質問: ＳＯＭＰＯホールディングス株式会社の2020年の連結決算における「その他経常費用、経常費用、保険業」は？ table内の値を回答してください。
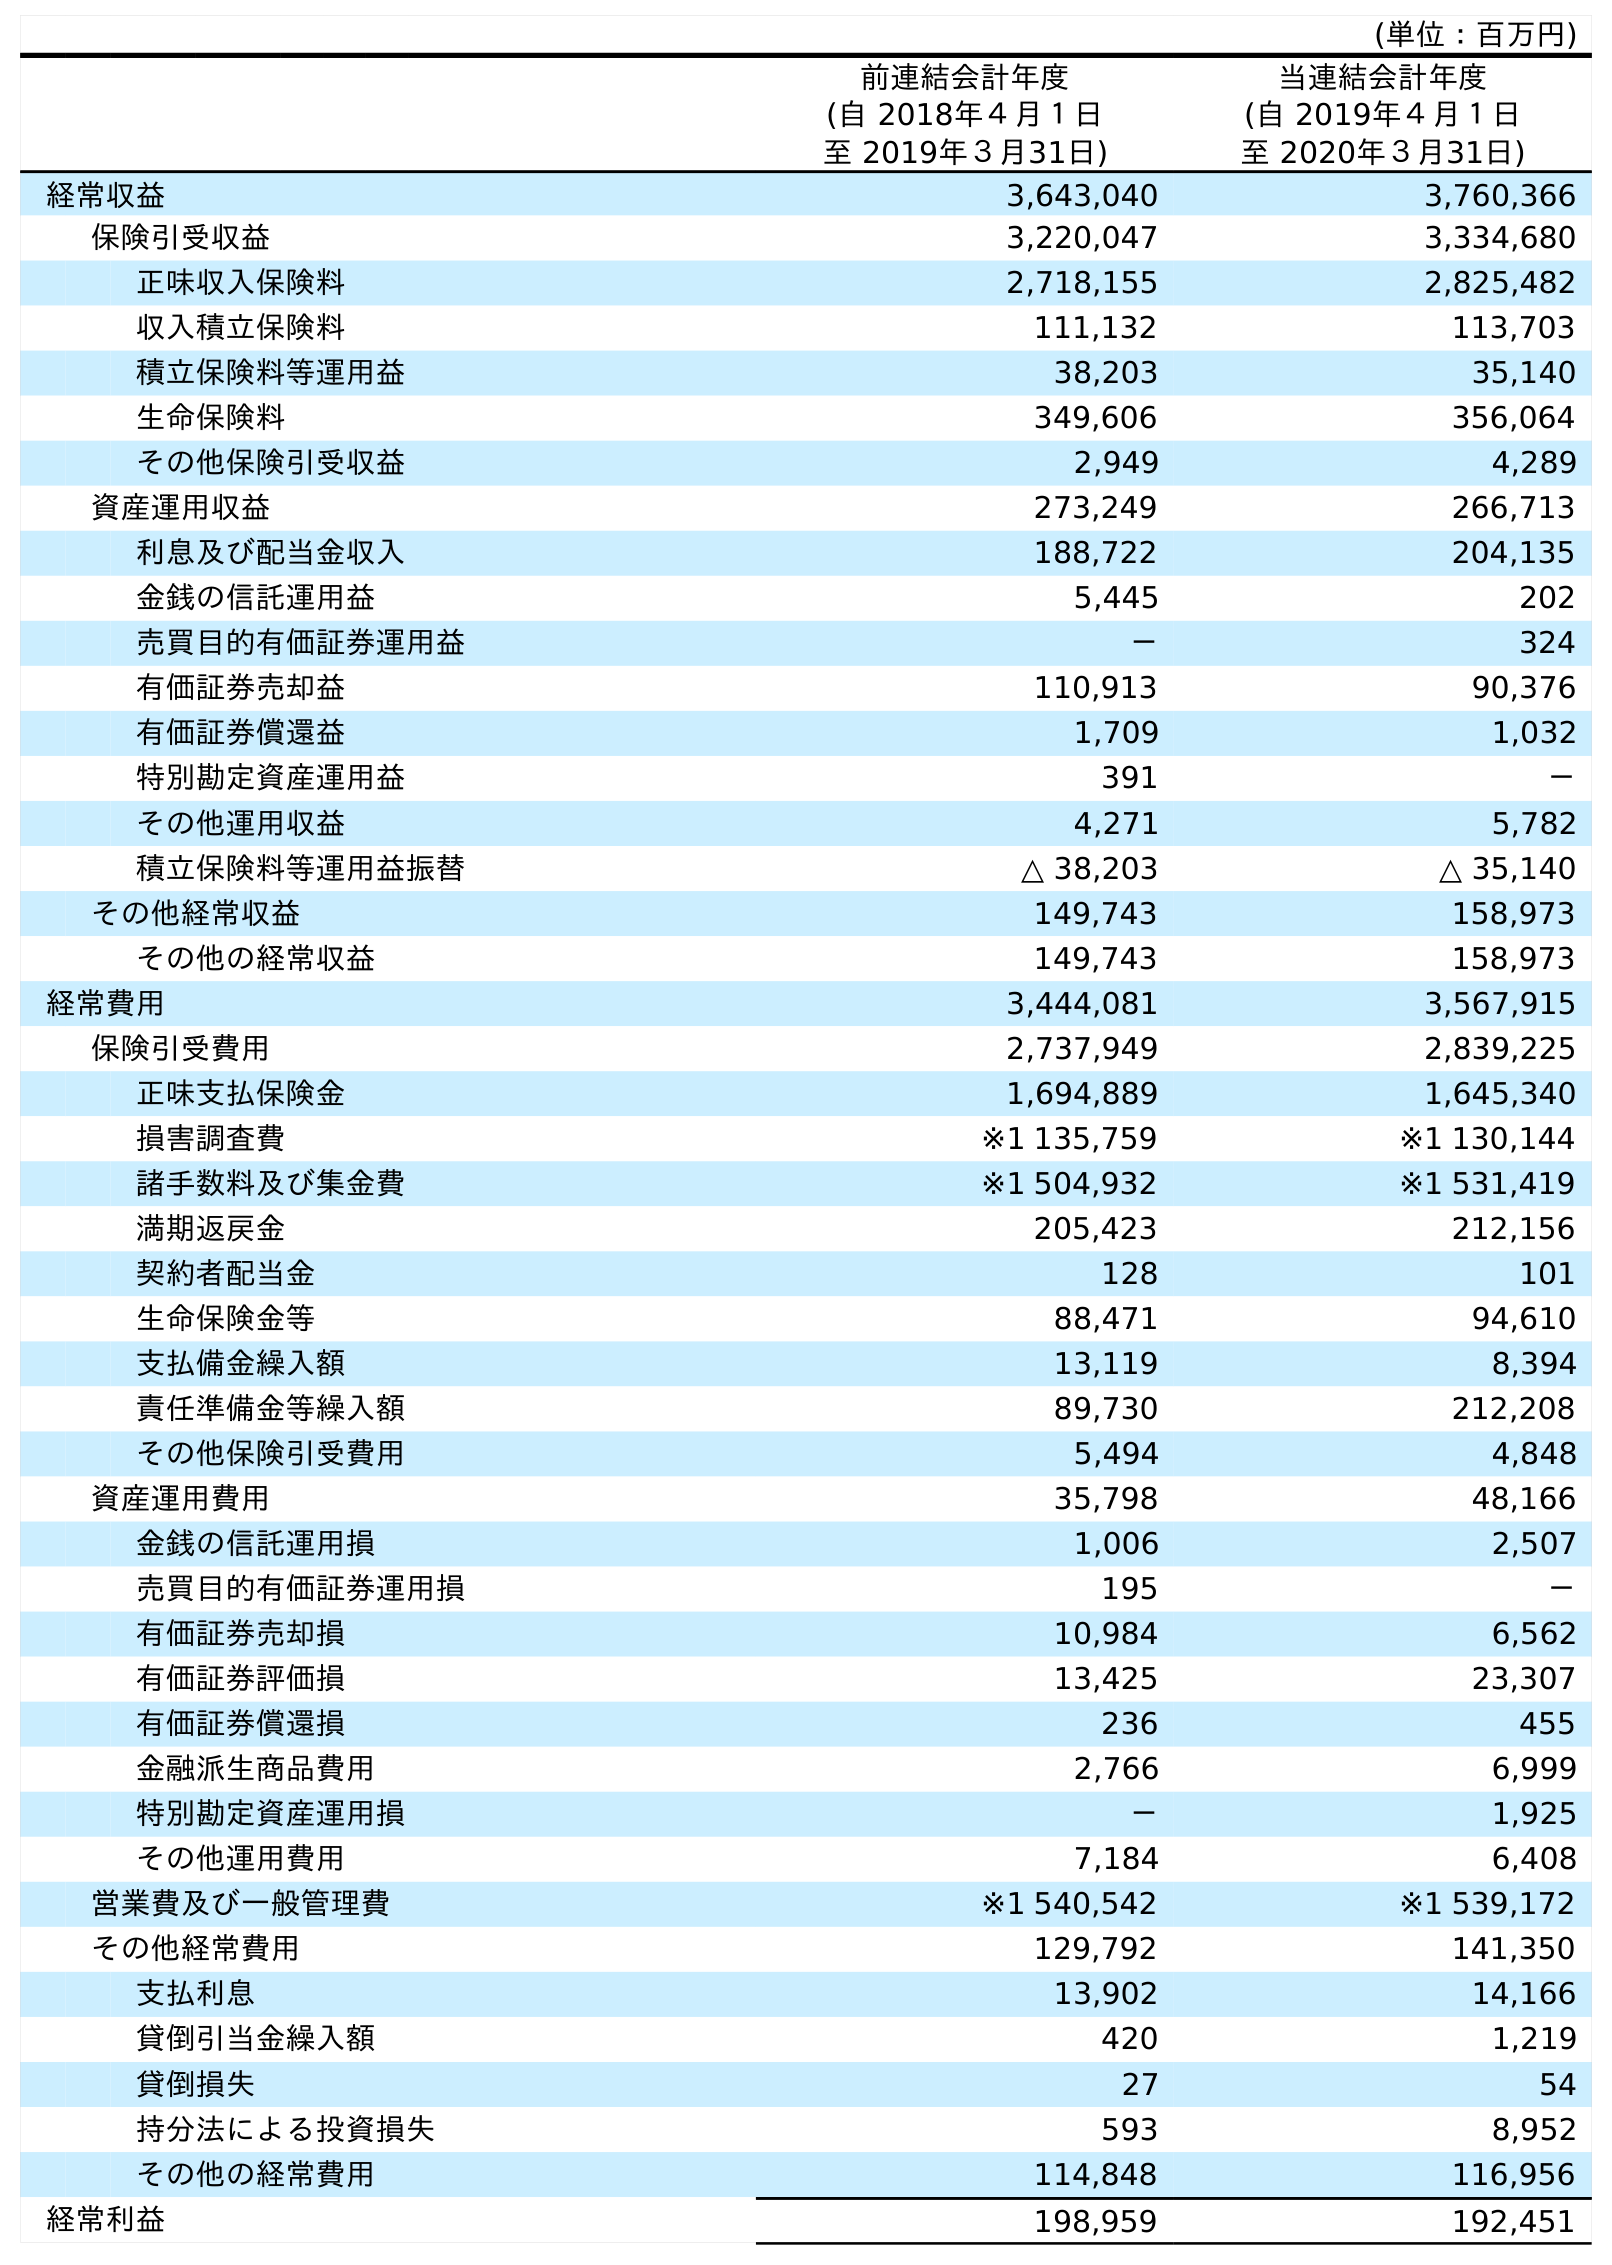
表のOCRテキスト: (単位：百万円) 前連結会計年度 (自 2018年４月１日 至 2019年３月31日) 当連結会計年度 (自 2019年４月１日 至 2020年３月31日) 経常収益 3,643,040 3,760,366 保険引受収益 3,220,047 3,334,680 正味収入保険料 2,718,155 2,825,482 収入積立保険料 111,132 113,703 積立保険料等運用益 38,203 35,140 生命保険料 349,606 356,064 その他保険引受収益 2,949 4,289 資産運用収益 273,249 266,713 利息及び配当金収入 188,722 204,135 金銭の信託運用益 5,445 202 売買目的有価証券運用益 － 324 有価証券売却益 110,913 90,376 有価証券償還益 1,709 1,032 特別勘定資産運用益 391 － その他運用収益 4,271 5,782 積立保険料等運用益振替 △ 38,203 △ 35,140 その他経常収益 149,743 158,973 その他の経常収益 149,743 158,973 経常費用 3,444,081 3,567,915 保険引受費用 2,737,949 2,839,225 正味支払保険金 1,694,889 1,645,340 損害調査費 ※1 135,759 ※1 130,144 諸手数料及び集金費 ※1 504,932 ※1 531,419 満期返戻金 205,423 212,156 契約者配当金 128 101 生命保険金等 88,471 94,610 支払備金繰入額 13,119 8,394 責任準備金等繰入額 89,730 212,208 その他保険引受費用 5,494 4,848 資産運用費用 35,798 48,166 金銭の信託運用損 1,006 2,507 売買目的有価証券運用損 195 － 有価証券売却損 10,984 6,562 有価証券評価損 13,425 23,307 有価証券償還損 236 455 金融派生商品費用 2,766 6,999 特別勘定資産運用損 － 1,925 その他運用費用 7,184 6,408 営業費及び一般管理費 ※1 540,542 ※1 539,172 その他経常費用 129,792 141,350 支払利息 13,902 14,166 貸倒引当金繰入額 420 1,219 貸倒損失 27 54 持分法による投資損失 593 8,952 その他の経常費用 114,848 116,956 経常利益 198,959 192,451
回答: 141,350